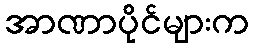
အာဏာပိုင်များက